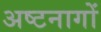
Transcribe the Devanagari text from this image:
अष्टनागों